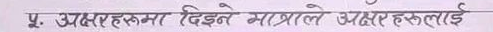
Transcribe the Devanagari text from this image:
५. अक्षरहरूमा दिइने मात्राले अक्षरहरूलाई